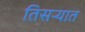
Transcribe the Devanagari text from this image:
तिसर्‍यात